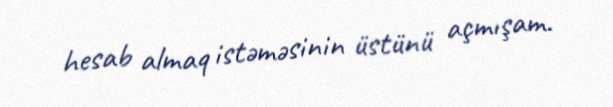
hesab almaq istəməsinin üstünü açmışam.